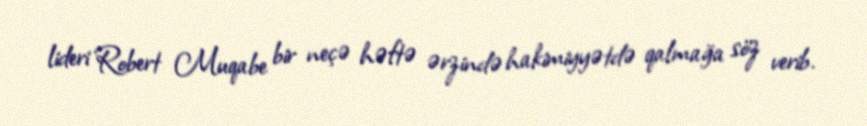
lideri Robert Muqabe bir neçə həftə ərzində hakimiyyətdə qalmağa söz verib.